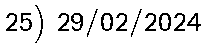
25) 29/02/2024